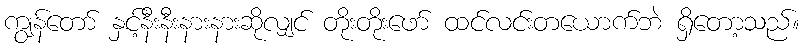
ကျွန်တော် နှင့်နီးနီးနားနားဆိုလျှင် တိုးတိုးဖော် ထင်လင်းတယောက်ဘဲ ရှိတော့သည်။